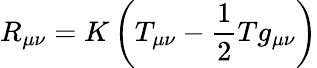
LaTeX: R_{\mu\nu}=K\left(T_{\mu\nu}-{\frac{1}{2}}Tg_{\mu\nu}\right)